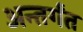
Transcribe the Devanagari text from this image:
अन्तर्गंत